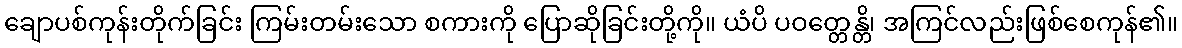
ချောပစ်ကုန်းတိုက်ခြင်း ကြမ်းတမ်းသော စကားကို ပြောဆိုခြင်းတို့ကို။ ယံပိ ပဝတ္တေန္တိ၊ အကြင်လည်းဖြစ်စေကုန်၏။